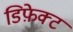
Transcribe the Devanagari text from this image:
डिफ़ेक्ट